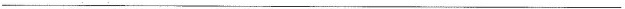
___